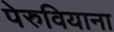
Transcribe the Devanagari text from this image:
पेरुवियाना